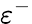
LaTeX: \varepsilon^{-}